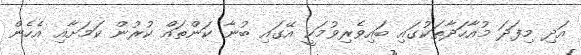
އަދި މިފަދަ މުއާހަދާތަކުގައި ބައިވެރިވުމަކީ އޭގައި ބުނާ ކަންތައް ކުރުން ކަމަށާއި އެހެން